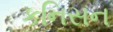
કનિસન